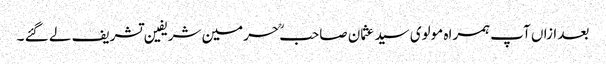
بعد ازاں آپ ہمراہ مولوی سید عثمان صاحبؒ حرمین شریفین تشریف لے گئے ۔